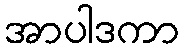
အာပါဒကာ